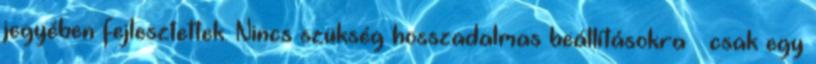
jegyében fejlesztettek. Nincs szükség hosszadalmas beállításokra – csak egy